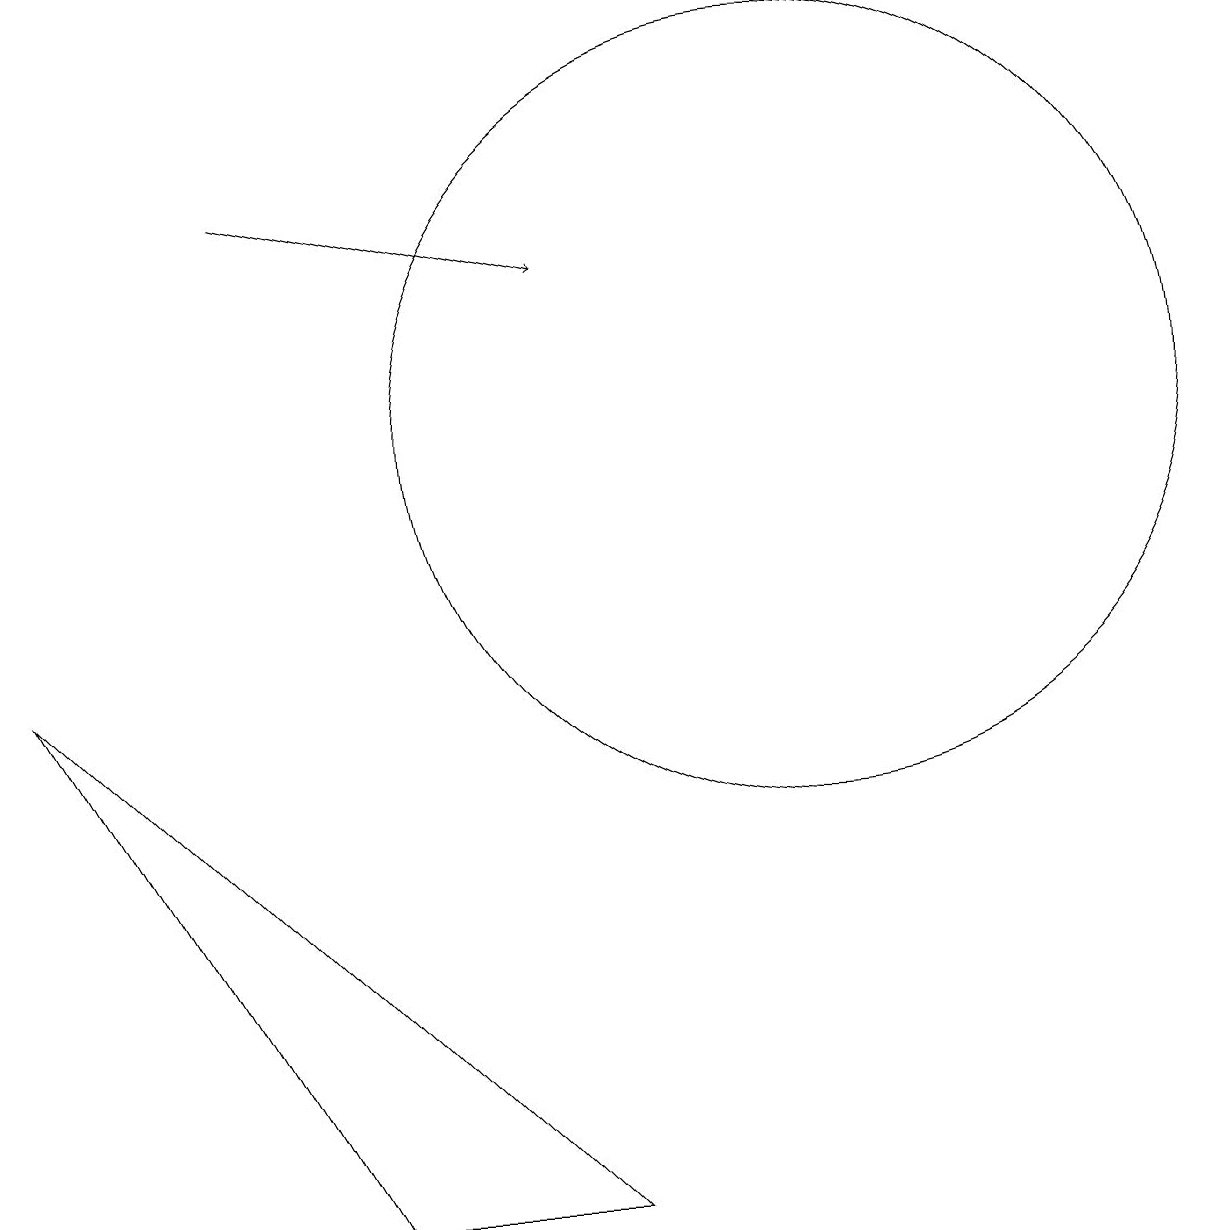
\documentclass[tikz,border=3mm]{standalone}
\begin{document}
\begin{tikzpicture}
\draw (9,2) -- (2,9) -- (6,2) -- cycle;
\draw[->] (5,15) -- (9,14);
\draw (12,12) circle (5);
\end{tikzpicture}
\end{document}